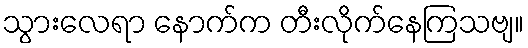
သွားလေရာ နောက်က တီးလိုက်နေကြသဗျ။